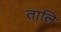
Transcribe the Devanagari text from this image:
तालि